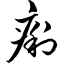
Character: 痢